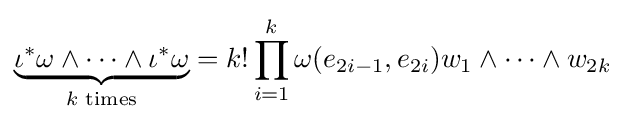
\underbrace {\iota ^{\ast }\omega \wedge \cdots \wedge \iota ^{\ast }\omega } _{k{\text{ times}}}=k!\prod _{i=1}^{k}\omega (e_{2i-1},e_{2i})w_{1}\wedge \cdots \wedge w_{2k}